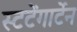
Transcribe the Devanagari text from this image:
स्टटेंगार्टेन